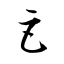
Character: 巨